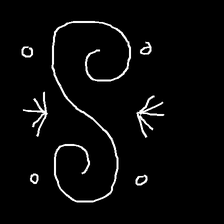
Glyph: aeroform